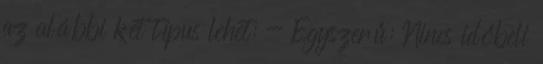
az alábbi két típus lehet: - Egyszerű: Nincs időbeli